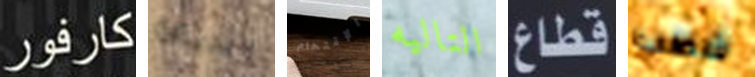
كارفور البديهة الإقتحام التاليه قطاع شطب